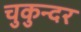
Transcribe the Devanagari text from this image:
चुकुन्दर